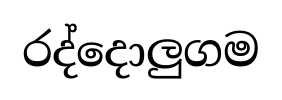
රද්දොලුගම